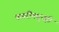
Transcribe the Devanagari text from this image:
बखरींमधूनही